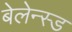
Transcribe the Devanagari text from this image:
बेलेन्स्ड